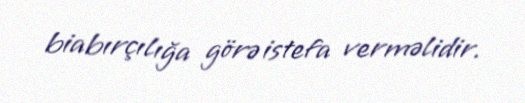
biabırçılığa görə istefa verməlidir.